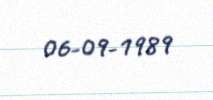
06-09-1989